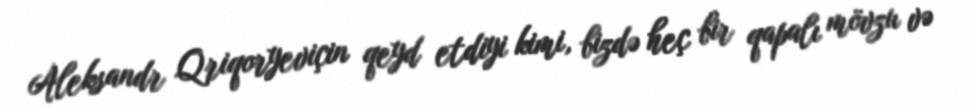
Aleksandr Qriqoryeviçin qeyd etdiyi kimi, bizdə heç bir qapalı mövzu və